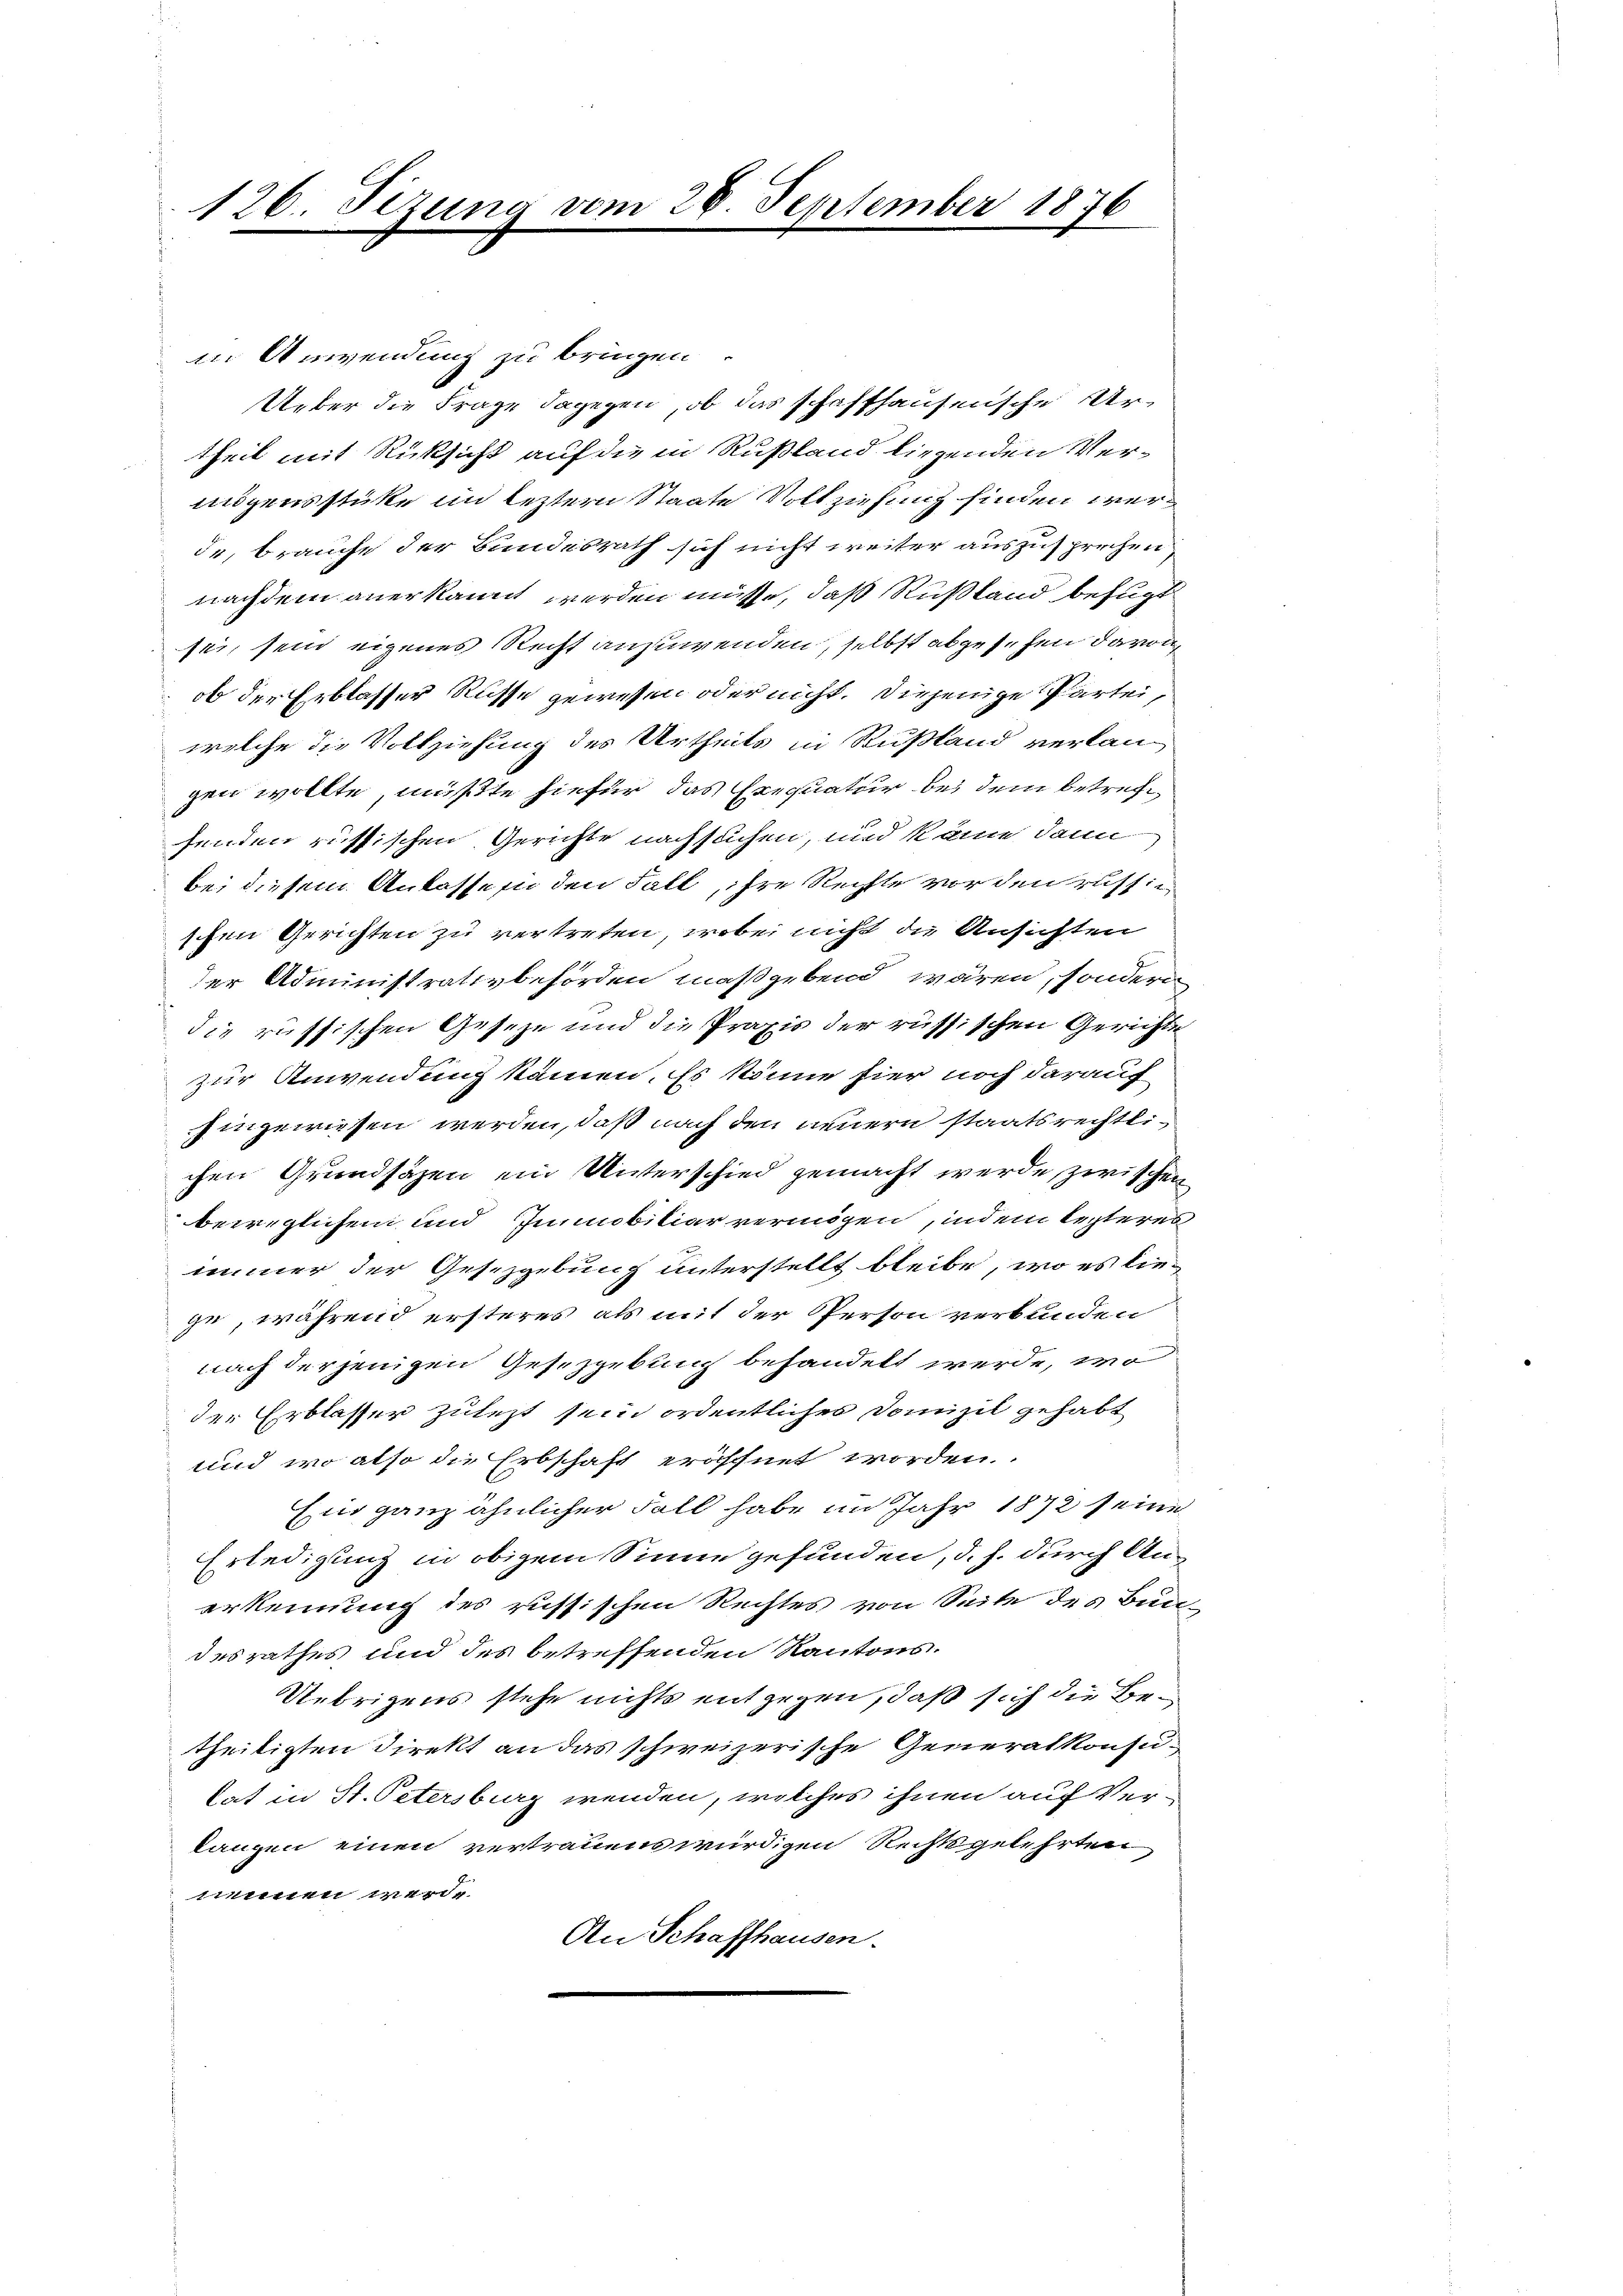
126. Fezung vom 28. September 1876

in Anwendung zu bringen.
Ueber die Frage dagegen, ob das schaffhausensche Urtheil mit Rücksicht auf die in Rußland liegenden Vermögensstückte im leztern Staate Vollziehung finden werde, brauche der Bundesrath sich nicht weiter auszusprechen
nachdem anerkannt werden müsse, daß Rußland befugt
sei, sein eigenes Recht anzuwenden, selbst abgesehen davon
ob der Erblasser Russe gewesen oder nicht. Diejenige Parteiwelche die Vollziehung des Urtheils in Rußland verlangen wollte, mußte hiefür das Exequatur bei dem betrefenden russischen Gerichte nachsuchen, und käme dann
bei diesem Anlassen den Fall, ihre Rechte vor den russischen Gerichten zu vertreten, wobei nicht die Ansichten
der Administrativbehörden maßgebend wären, sondern
die russischen Geseze und die Praxis der russischen Gerichts
zur Anwendung kämen. Es könne hier noch darauf
hingewiesen werden, daß nach den neuern staatsrechtlichen Grundsäzen ein Unterschied gemacht werde, zwischen
beweglichen und Immobiliar vermögen, indem lezteres
immer der Gesetzgebung unterstellt bleibe, wo es liege, während ersteres als mit der Person verbunden
nach derjenigen Gesetzgebung behandelt werde, wo
der Erblasser zulezt sein ordentliches Domizil gehabt
und wo also die Erbschaft eröschnet worden.
Ein ganz ähnlicher Fall habe im Jahr 1872 seine
Erledigung in obigem Sinne gefunden, d. h. durch Anerkennung des russischen Rechtes von Seite des Bun-
desrathes und des betreffenden Kantons.
Uebrigens stehe nichts entgegen, daß sich die Betheiligten Direkt an das schweizerische Generalkonsu-
lat in St. Petersburg wenden, welches ihnen auf Verlangen einen vertrauens würdigen Rechtsgelehrten
immen werde.
An Schaffhausen.